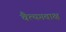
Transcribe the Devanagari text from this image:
चैत्यगवाक्ष